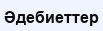
Әдебиеттер